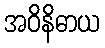
အဝိနိဓာယ